Indian journal of veterinary science and animal husbandry - Volume 5,
Year: 1935
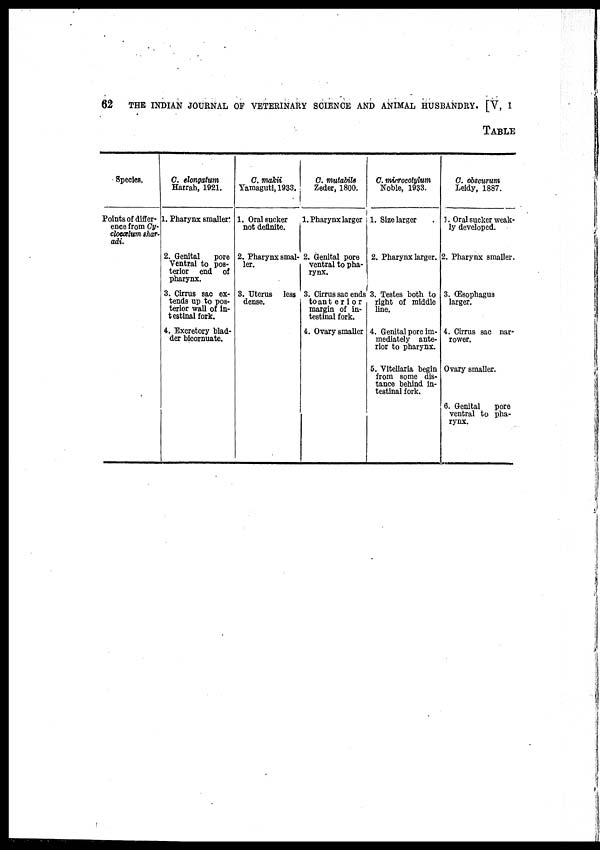
62
THE INDIAN JOURNAL OF VETERINARY SCIENCE AND ANIMAL HUSBANDRY. [V, I
TABLE
Species.
Points of differ-
ence from Cy-
clocælum shar-
adi.
C. elongatum
Harrah, 1921.
1. Pharynx smaller
2. Genital
pore
Ventral to pos-
terior end of
pharynx.
3. Cirrus sac ex-
tends up to pos-
terior wall of in-
testinal fork.
4. Excretory blad-
der bicornuate.
C. makii
Yamaguti, 1933.
1. Oral sucker
not definite.
2. Pharynx smal-
ler.
3. Uterus less
dense.
C. mutabils
Zeder, 1800.
1. Pharynx larger
2. Genital pore
ventral to pha-
rynx.
3. Cirrus sac ends
to anterior
margin of in-
testinal fork.
4. Ovary smaller
C. microcotylum
Noble, 1933.
1. Size larger
2. Pharynx larger.
3. Testes both to
right of middle
line.
4. Genital pore im-
mediately ante-
rior to pharynx.
5. Vitellaria begin
from some dis-
tance behind in-
testinal fork.
C. obscurum
Leidy, 1887.
1. Oral sucker weak-
ly developed.
2. Pharynx smaller.
3. Œsophagus
larger.
4. Cirrus sac nar-
rower.
Ovary smaller.
6. Genital
pore
ventral to pha-
rynx.